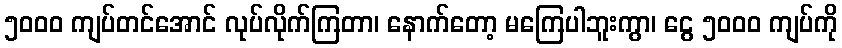
၅၀၀၀ ကျပ်တင်အောင် လုပ်လိုက်ကြတာ၊ နောက်တော့ မကြေပါဘူးကွာ၊ ငွေ ၅၀၀၀ ကျပ်ကို